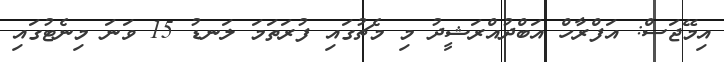
އިމޭޖަސް: އަފްރާހް އަބްދުއްރަޝީދު މި މެޗުގައި ފުރަތަމަ ލަނޑު 15 ވަަނަ މިނެޓުގައި